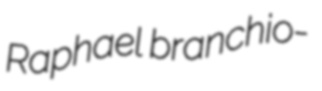
Raphael branchio-